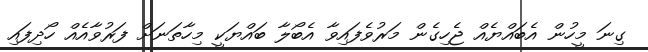
ގިނަ މީހުން އެބައްޔެއް ޖެހިގެން މަރުވެފައިވާ އެބޯލާ ބައްޔަކީ މިހާތަނަށް ފަރުވާއެއް ހޯދިފައި